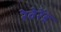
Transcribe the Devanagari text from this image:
रेवेरेंड